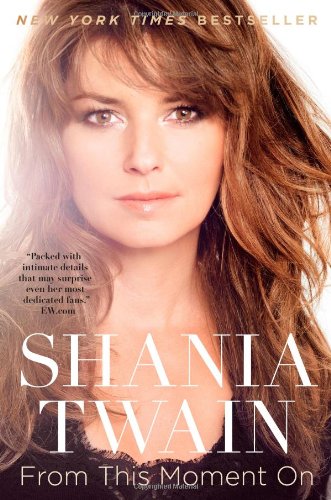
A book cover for From This Moment On; Shania Twain; Biographies & Memoirs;